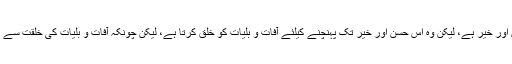
پس اس نظریئے کے مطابق خدا کا ہر فعل حسن اور خیر ہے، لیکن وہ اس حسن اور خیر تک پہنچنے کیلئے آفات و بلیات کو خلق کرتا ہے، لیکن چونکہ آفات و بلیات کی خلقت سے بھی مدنظر کمال ہے، لہذا یہ بھی فعل حسن ہے۔